Senior Leaving Certificate Examination (including Day School Certificate (Higher) General paper), 1949
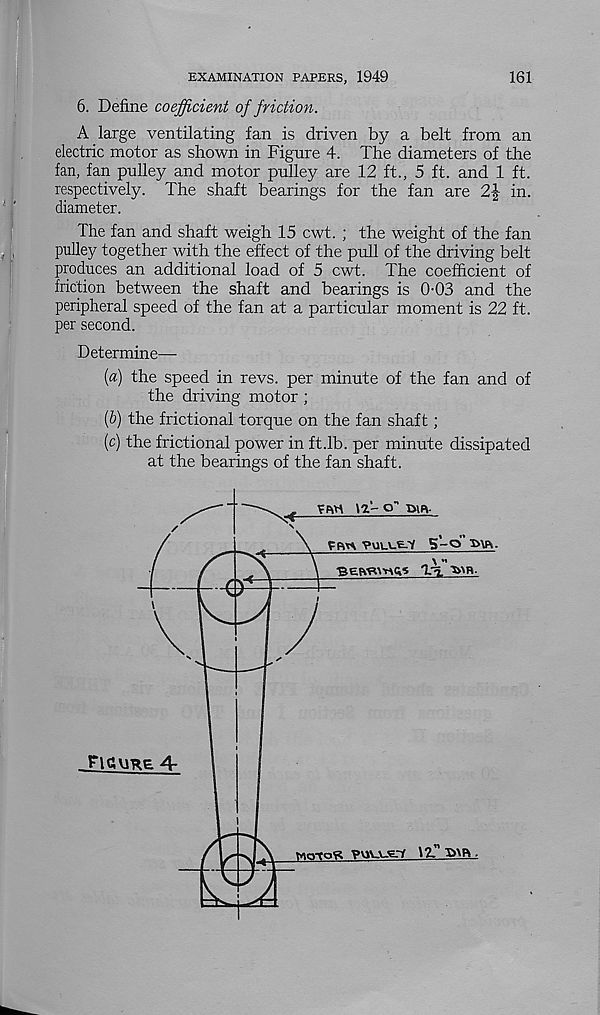
161
EXAMINATION PAPERS, 1949
6. Define coefficient of friction.
A large ventilating fan is driven by a belt from an
electric motor as shown in Figure 4. The diameters of the
fan, fan pulley and motor pulley are 12 ft., 5 ft. and 1 ft.
respectively. The shaft bearings for the fan are
in.
diameter.
The fan and shaft weigh 15 cwt. ; the weight of the fan
pulley together with the effect of the pull of the driving belt
produces an additional load of 5 cwt. The coefficient of
friction between the shaft and bearings is 0-03 and the
peripheral speed of the fan at a particular moment is 22 ft.
per second.
Determine—
{a) the speed in revs, per minute of the fan and of
the driving motor ;
(6) the frictional torque on the fan shaft ;
(c) the frictional power in ft.lb. per minute dissipated
at the bearings of the fan shaft.